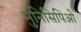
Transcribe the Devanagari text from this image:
मुनिसिपिओ